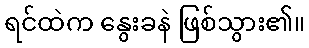
ရင်ထဲက နွေးခနဲ ဖြစ်သွား၏။